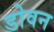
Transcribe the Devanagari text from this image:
डोवन